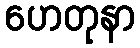
ဟေတုနာ